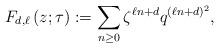
LaTeX: \begin{align*}F_{d,\ell}\left(z;\tau\right):=\sum_{n \geq 0} \zeta^{\ell n+d}q^{(\ell n+d)^2},\end{align*}